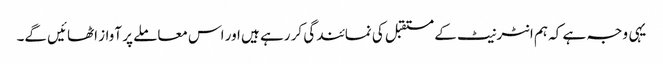
یہی وجہ ہے کہ ہم انٹرنیٹ کے مستقبل کی نمائندگی کر رہے ہیں اور اس معاملے پر آواز اٹھائیں گے۔